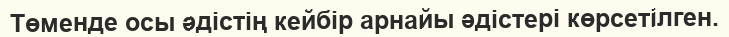
Төменде осы әдістің кейбір арнайы әдістері көрсетілген.